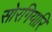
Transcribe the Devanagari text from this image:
सोरगियारि